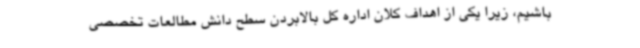
باشیم، زیرا یکی از اهداف کلان اداره کل بالابردن سطح دانش مطالعات تخصصی